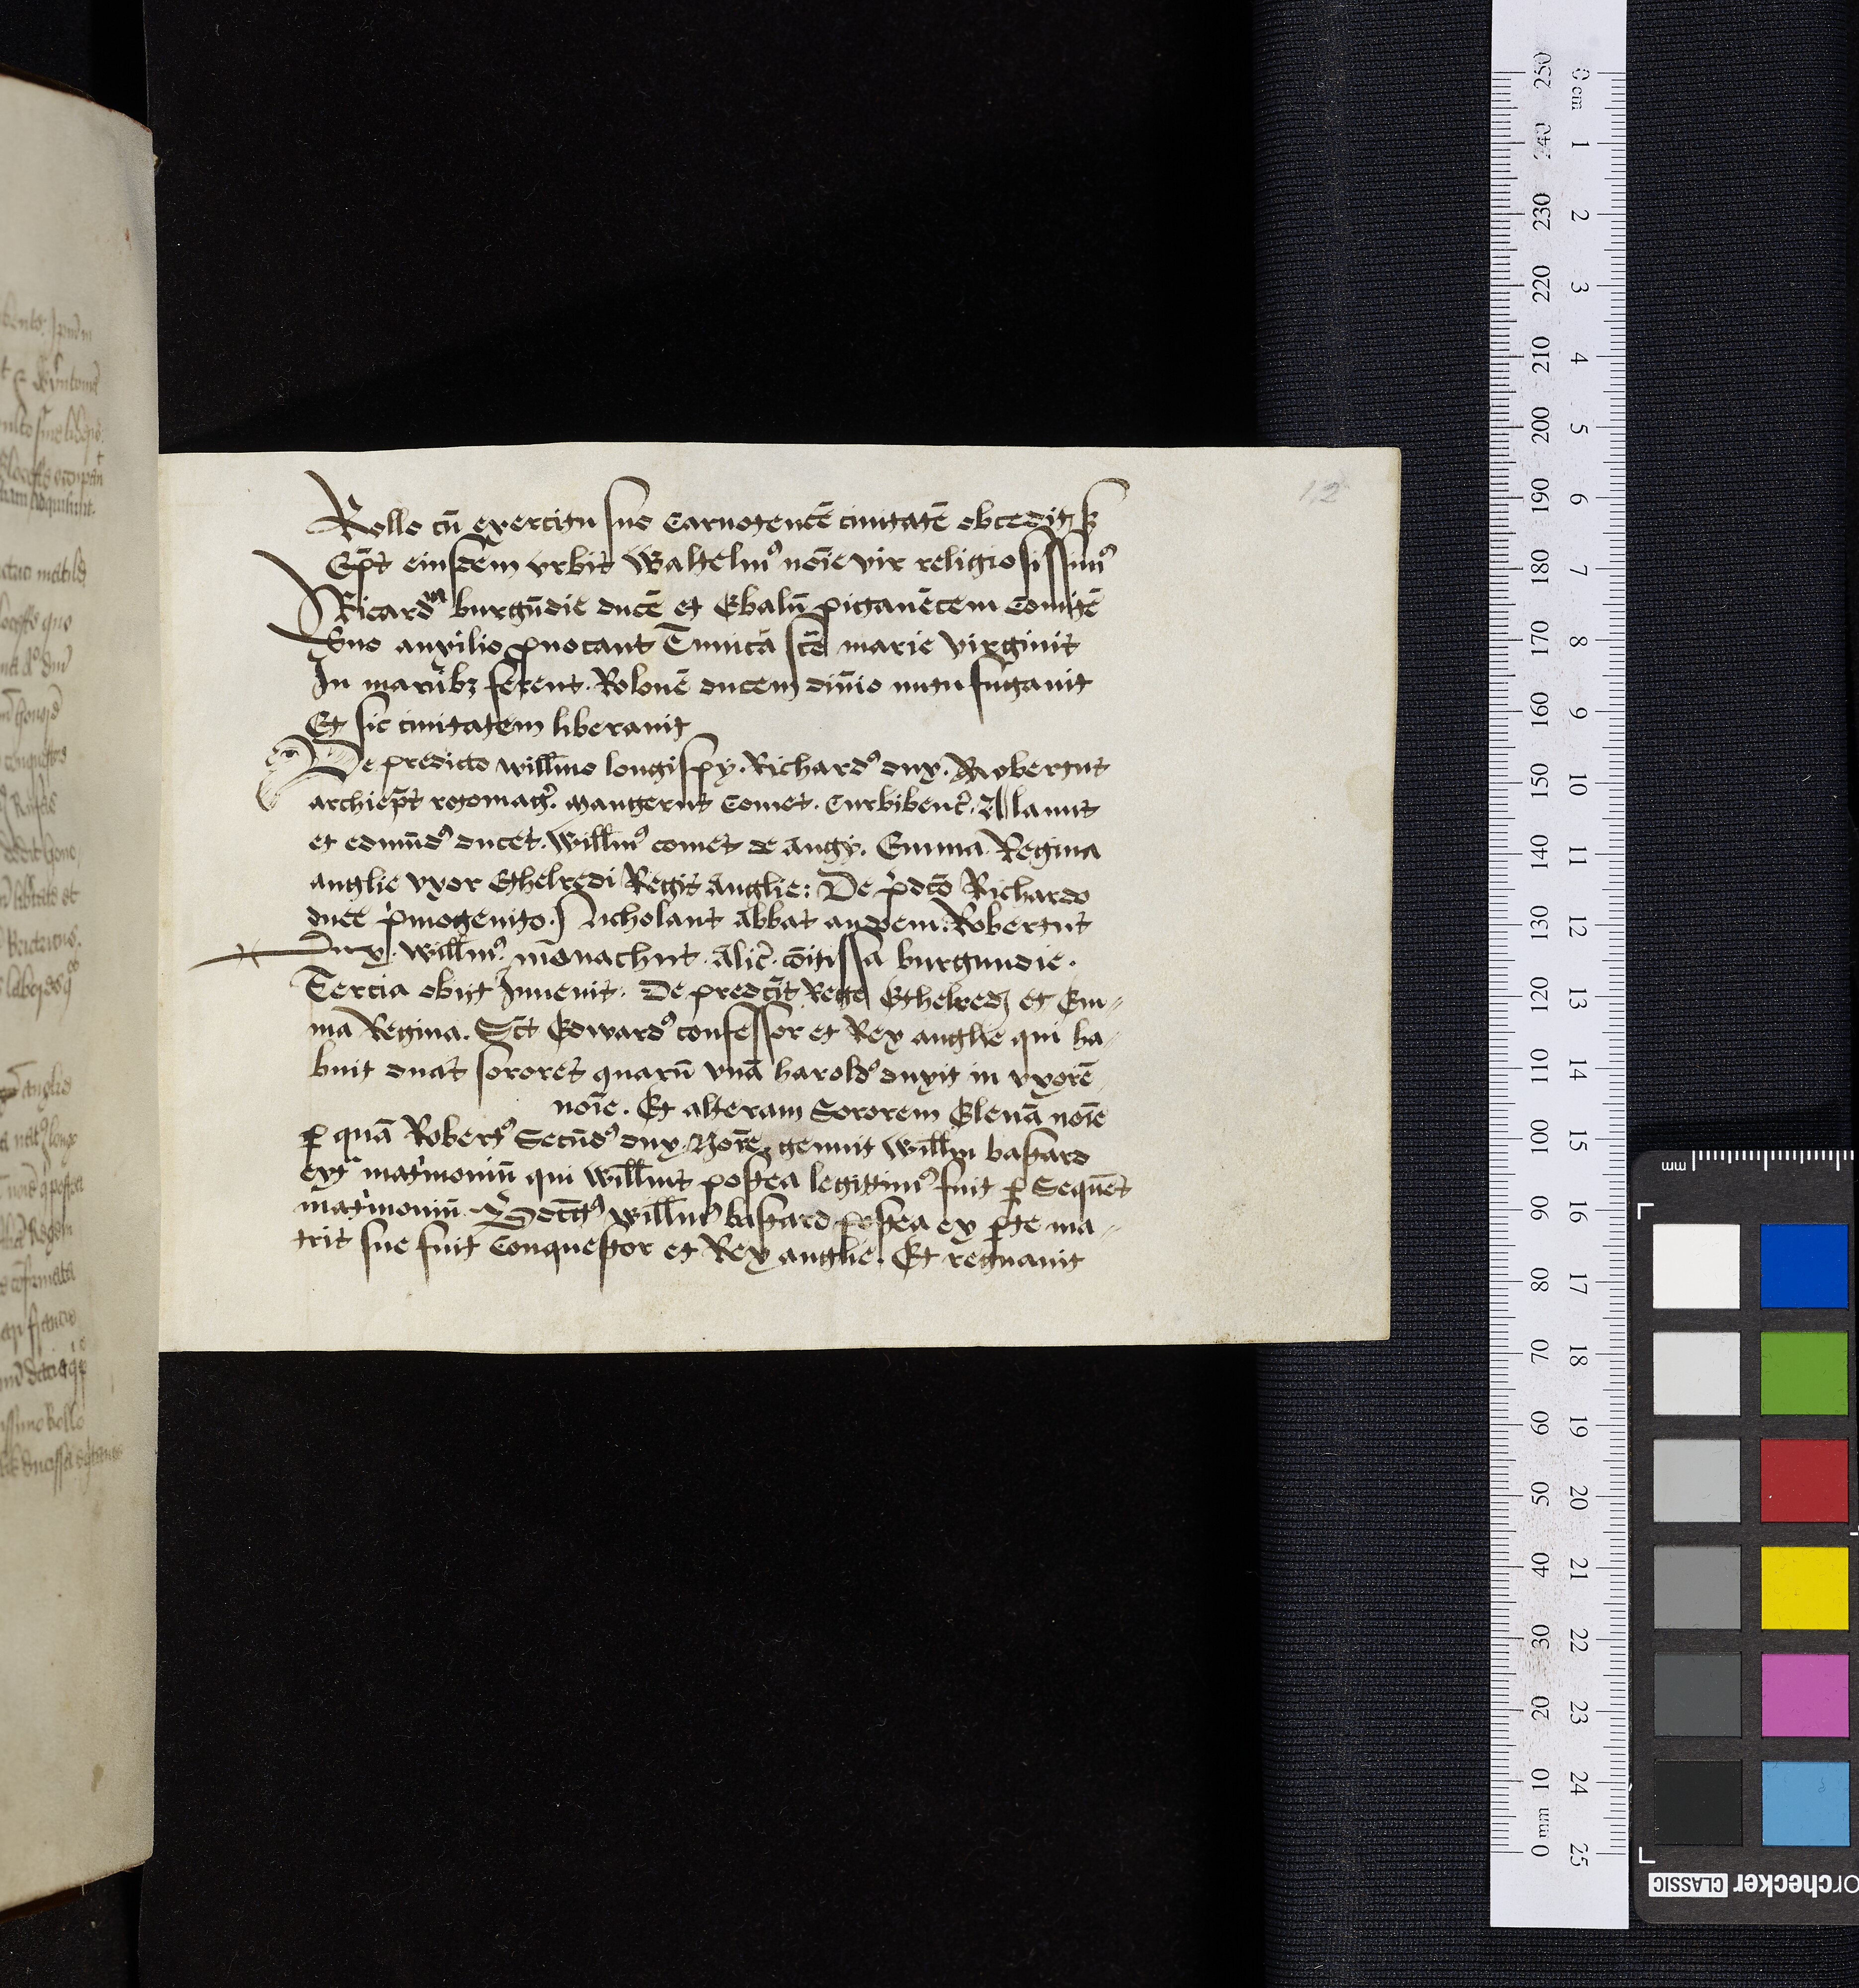
Shelfmark: Oxford, Bodleian Library, ms. Top. Glouc. d. 2
Century: 16